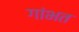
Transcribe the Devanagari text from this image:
गांभत